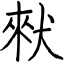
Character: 猌